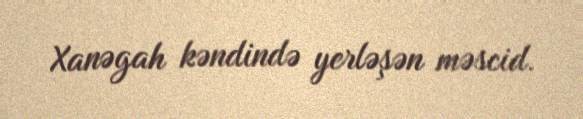
Xanəgah kəndində yerləşən məscid.